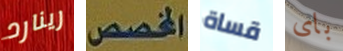
رينارد المخصص قساة باى